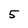
Character: 5